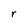
Character: r